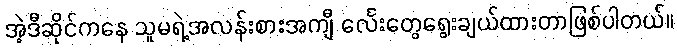
အဲ့ဒီဆိုင်ကနေ သူမရဲ့အလန်းစားအကျီ င်္လေးတွေရွေးချယ်ထားတာဖြစ်ပါတယ်။